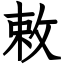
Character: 敕